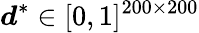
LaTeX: \boldsymbol{d}^{*}\in[0,1]^{200\times 200}